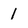
Character: 1